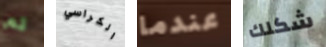
لم الكراسي عندما شكلك